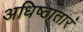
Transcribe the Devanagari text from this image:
अधिष्ठातारं